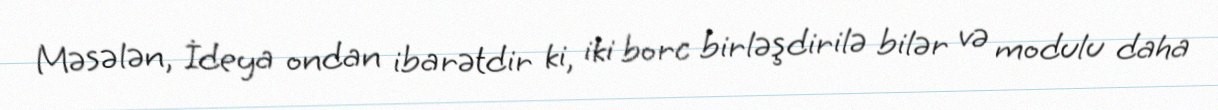
Məsələn, İdeya ondan ibarətdir ki, iki borc birləşdirilə bilər və modulu daha